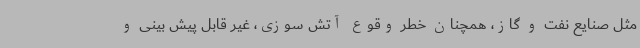
مثل صنایع نفت و گاز، همچنان خطر وقوع آتش سوزی، غیر قابل پیش بینی و